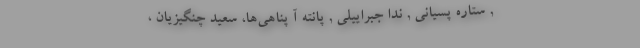
, ستاره پسیانی , ندا جبراییلی , پانته ‌آ پناهی‌ها، سعید چنگیزیان ،